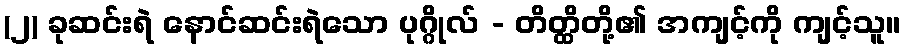
(၂) ခုဆင်းရဲ နောင်ဆင်းရဲသော ပုဂ္ဂိုလ် - တိတ္ထိတို့၏ အကျင့်ကို ကျင့်သူ။